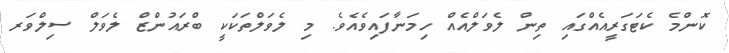
ކޮންމެ ކެޓަގަރީއެއްގައި ތިން ލެވަލްއެއް ހިމަނާފައިވެއެވެ. މި ލެވަލްތަކަކީ ބްރައުންޒް ލެވަލް ސިލްވަރ